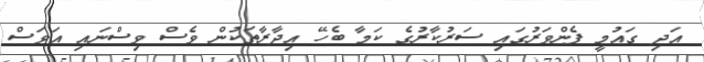
އަދި ގައުމީ ފެންވަރުގައި ސަރުކާރުގެ ކަމާ ބެހޭ އިދާރާތަކުން ވެސް ވިސްނައި އަވަސް